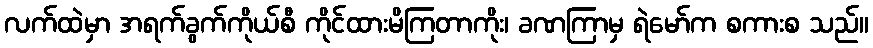
လက်ထဲမှာ အရက်ခွက်ကိုယ်စီ ကိုင်ထားမိကြတာကိုး၊ ခဏကြာမှ ရဲမော်က စကားစ သည်။